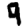
Digit: 9